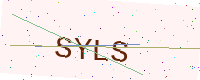
Text: SYLS